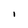
Character: l